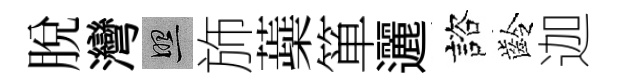
脱灣照斾蘃箪邐諮齡迦